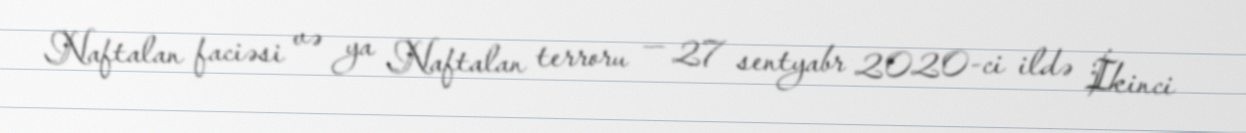
Naftalan faciəsi və ya Naftalan terroru — 27 sentyabr 2020-ci ildə İkinci